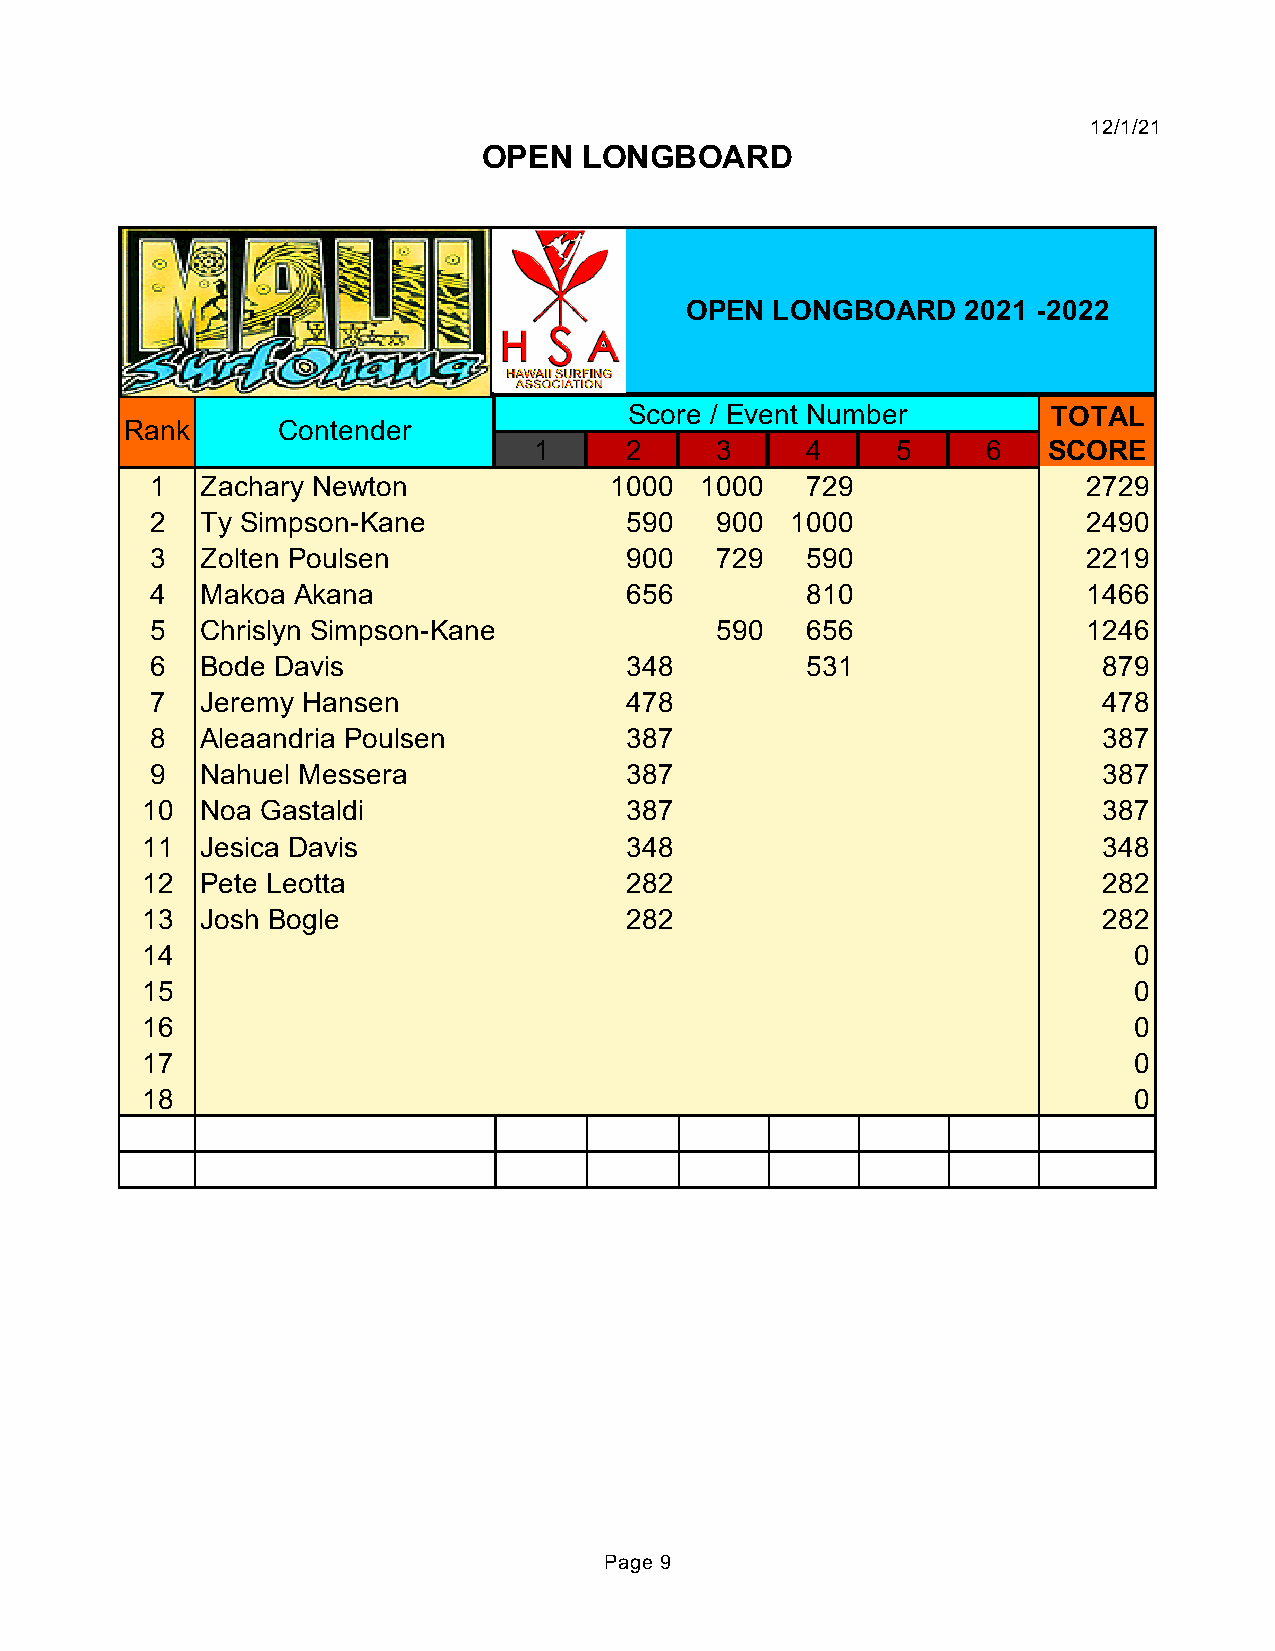
12/1/21
 OPEN   LONGBOARD
 OPEN  LONGBOARD    2021 -2022
 Score / Event Number        TOTAL
 Rank      Contender
 1     2     3     4     5     6   SCORE
 1  Zachary Newton             1000  1000   729                2729
 2  Ty Simpson-Kane             590   900  1000                2490
 3  Zolten Poulsen              900   729   590                2219
 4  Makoa Akana                 656         810                1466
 5  Chrislyn Simpson-Kane             590   656                1246
 6  Bode Davis                  348         531                 879
 7  Jeremy Hansen               478                             478
 8  Aleaandria Poulsen          387                             387
 9  Nahuel Messera              387                             387
 10  Noa Gastaldi                387                             387
 11  Jesica Davis                348                             348
 12  Pete Leotta                 282                             282
 13  Josh Bogle                  282                             282
 14                                                                0
 15                                                                0
 16                                                                0
 17                                                                0
 18                                                                0
 Page 9